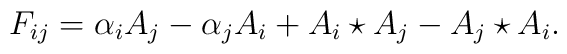
F_{ij}=\alpha _i A_j-\alpha _j A_i+A_i\star A_j- A_j\star A_i.